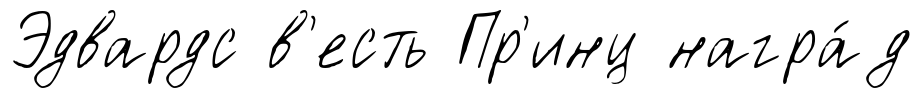
Эдвардс в'есть Пр'инц награ́д